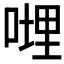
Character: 𠹺